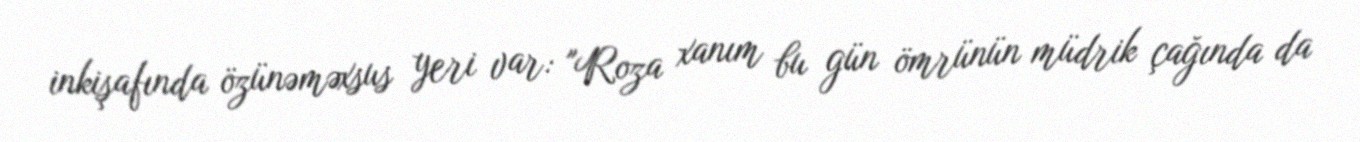
inkişafında özünəməxsus yeri var: "Roza xanım bu gün ömrünün müdrik çağında da